Indian journal of veterinary science and animal husbandry - Volumes 18-21, 1948-1951
Year: 1948
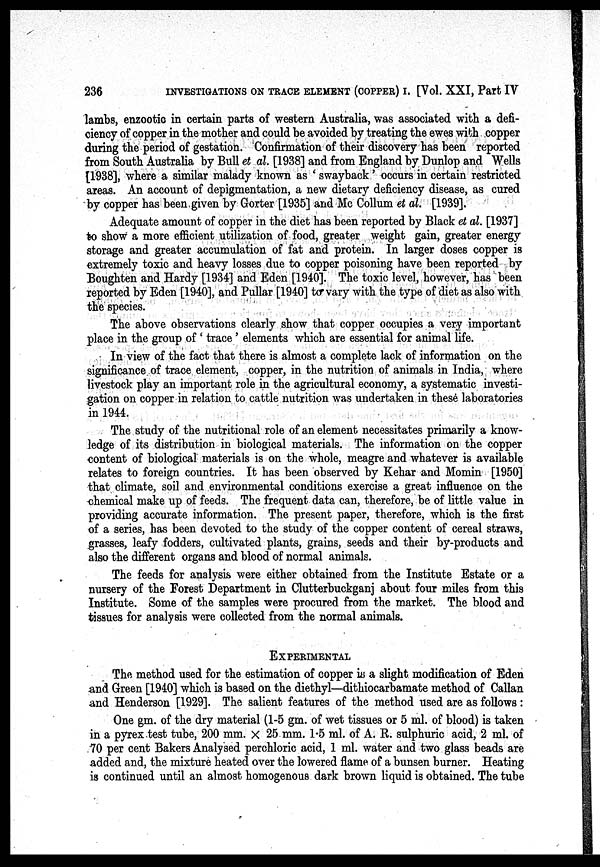
236
INVESTIGATIONS ON TRACE ELEMENT (COPPER) I. [Vol. XXI, Part IV
lambs, enzootic in certain parts of western Australia, was associated with a defi-
ciency of copper in the mother and could be avoided by treating the ewes with copper
during the period of gestation. Confirmation of their discovery has been reported
from South Australia by Bull et al. [1938] and from England by Dunlop and Wells
[1938], where a similar malady known as 'swayback' occurs in certain restricted
areas. An account of depigmentation, a new dietary deficiency disease, as cured
by copper has been given by Gorter [1935] and Mc Collum et al. [1939].
Adequate amount of copper in the diet has been reported by Black et al. [1937]
to show a more efficient utilization of food, greater weight gain, greater energy
storage and greater accumulation of fat and protein. In larger doses copper is
extremely toxic and heavy losses due to copper poisoning have been reported by
Boughten and Hardy [1934] and Eden [1940]. The toxic level, however, has been
reported by Eden [1940], and Pullar [1940] to vary with the type of diet as also with
the species.
The above observations clearly show that copper occupies a very important
place in the group of 'trace' elements which are essential for animal life.
In view of the fact that there is almost a complete lack of information on the
significance of trace element, copper, in the nutrition of animals in India, where
livestock play an important role in the agricultural economy, a systematic investi-
gation on copper in relation to cattle nutrition was undertaken in these laboratories
in 1944.
The study of the nutritional role of an element necessitates primarily a know-
ledge of its distribution in biological materials. The information on the copper
content of biological materials is on the whole, meagre and whatever is available
relates to foreign countries. It has been observed by Kehar and Momin [1950]
that climate, soil and environmental conditions exercise a great influence on the
chemical make up of feeds. The frequent data can, therefore, be of little value in
providing accurate information. The present paper, therefore, which is the first
of a series, has been devoted to the study of the copper content of cereal straws,
grasses, leafy fodders, cultivated plants, grains, seeds and their by-products and
also the different organs and blood of normal animals.
The feeds for analysis were either obtained from the Institute Estate or a
nursery of the Forest Department in Clutterbuckganj about four miles from this
Institute. Some of the samples were procured from the market. The blood and
tissues for analysis were collected from the normal animals.
EXPERIMENTAL
The method used for the estimation of copper is a slight modification of Eden
and Green [1940] which is based on the diethyl—dithiocarbamate method of Callan
and Henderson [1929]. The salient features of the method used are as follows:
One gm. of the dry material (1-5 gm. of wet tissues or 5 ml. of blood) is taken
in a pyrex test tube, 200 mm. × 25 mm. 1.5 ml. of A. R. sulphuric acid, 2 ml. of
70 per cent Bakers Analysed perchloric acid, 1 ml. water and two glass beads are
added and, the mixture heated over the lowered flame of a bunsen burner. Heating
is continued until an almost homogenous dark brown liquid is obtained. The tube